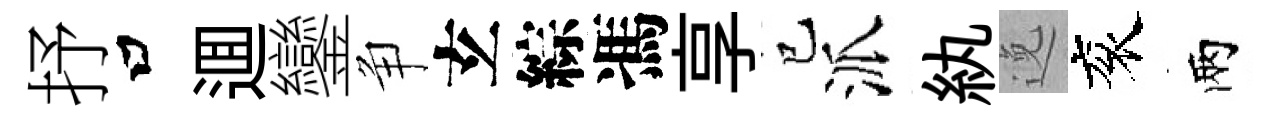
抒口逥鑾争𤣥綜馮享巳派紈𨓜衮兩